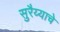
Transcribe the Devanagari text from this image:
सुरैय्याचे